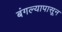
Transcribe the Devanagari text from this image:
बंगल्यापासून